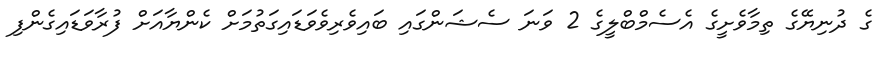
ގެ ދުނިޔޭގެ ތިމާވެށީގެ އެސެމްބްލީގެ 2 ވަނަ ސެޝަންގައި ބައިވެރިވެވަޑައިގަތުމަށް ކެންޔާއަށް ފުރާވަޑައިގެންފި